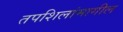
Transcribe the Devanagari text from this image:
तपशिलांमागील